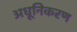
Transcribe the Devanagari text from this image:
अधूनिकरण